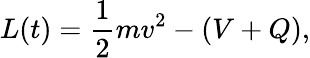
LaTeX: L(t)={\frac{1}{2}}mv^{2}-(V+Q),